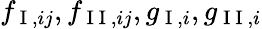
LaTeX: f_{\mathrm{~I~},ij},f_{\mathrm{~I~I~},ij},g_{\mathrm{~I~},i},g_{\mathrm{~I~I~},i}